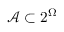
\mathcal A \subset 2 ^ { \Omega }